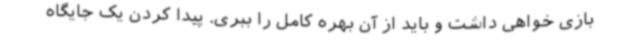
بازی خواهی داشت و باید از آن بهره کامل را ببری. پیدا کردن یک جایگاه